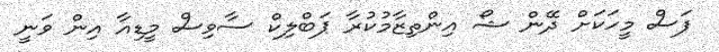
ފަސް މީހަކަށް ދޭން ޝޯ އިންތިޒާމުކުރާ ޕަބްލިކް ސާވިސް މީޑިއާ އިން ވަނީ